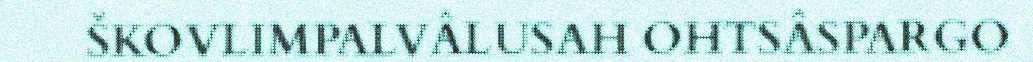
ŠKOVLIMPALVÂLUSAH OHTSÂSPARGO